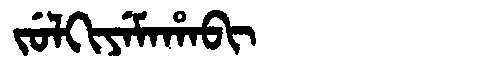
Manchu: ᠵᡠᠯᡴᡳᠶᡝᠮᠠᡥᠠᠪᡳ
Romanization: JULKIYEMAHABI